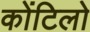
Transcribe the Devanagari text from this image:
कोंटिलो